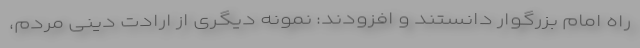
راه امام بزرگوار دانستند و افزودند: نمونه دیگری از ارادت دینی مردم،